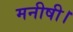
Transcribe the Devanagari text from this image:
मनीषी।